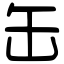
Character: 缶